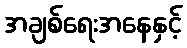
အချစ်ရေးအနေနှင့်